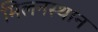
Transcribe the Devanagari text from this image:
मिलनस्थान